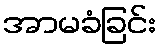
အာမခံခြင်း